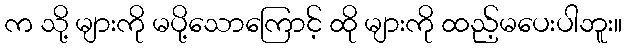
က သို့ များကို မပို့သောကြောင့် ထို များကို ထည့်မပေးပါဘူး။